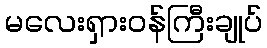
မလေးရှားဝန်ကြီးချုပ်